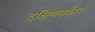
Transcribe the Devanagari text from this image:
दक्षिणपर्यंतच